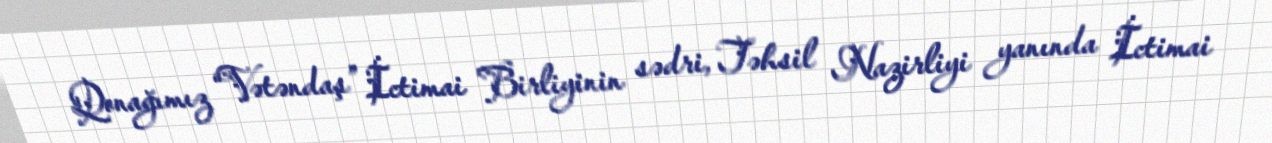
Qonağımız “Vətəndaş” İctimai Birliyinin sədri, Təhsil Nazirliyi yanında İctimai